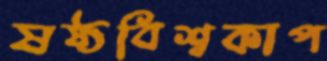
ষষ্ঠবিশ্বকাপ